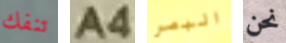
تنفك A4 البصر نحن